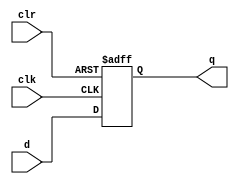
module dff_async_clear (
    input d,
    input clk,
    input clr,
    output reg q
);

always @(posedge clk or posedge clr) begin
    if (clr) begin
        q <= 1'b0;
    end else begin
        q <= d;
    end
end

endmodule